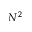
N ^ { 2 }